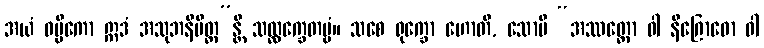
အယံ ဝမ္မိကော ဣဒံ အသုဘနိမိတ္တ”န္တိ သလ္လက္ခေတဗ္ဗံ။ သစေ ရုက္ခော ဟောတိ, သောပိ “အဿတ္ထော ဝါ နိဂြောဓော ဝါ